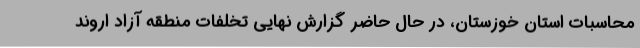
محاسبات استان خوزستان، در حال حاضر گزارش نهایی تخلفات منطقه آزاد اروند